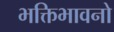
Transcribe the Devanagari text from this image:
भक्तिभावनो